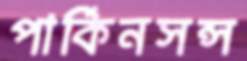
পার্কিনসন্স